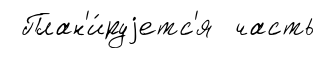
План'и́руjетс'я часть